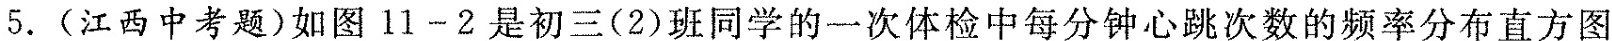
5. (江西中考题)如图11-2是初三(2)班同学的一次体检中每分钟心跳次数的频率分布直方图